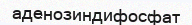
аденозиндифосфат